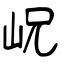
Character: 岲